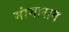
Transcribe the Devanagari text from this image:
मांगाराम